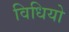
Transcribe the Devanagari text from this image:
विधियो